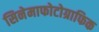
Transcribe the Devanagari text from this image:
सिनेमाफोटोग्राफिक